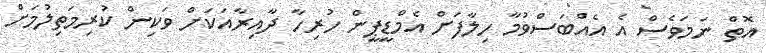
އޮތް ނަމަވެސް އެ އެއްބަސްވުމާ ހިލާފަށް އެމްޑީޕީން ހުރިހާ ދާއިރާއަކަށް ވަކިން ކުރިމަތިލުމަށް